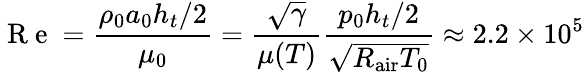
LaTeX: \mathrm{~R~e~}=\frac{\rho_{0}a_{0}h_{t}/2}{\mu_{0}}=\frac{\sqrt{\gamma}}{\mu(T)}\frac{p_{0}h_{t}/2}{\sqrt{R_{\mathrm{air}}T_{0}}}\approx 2.2\times 10^{5}